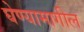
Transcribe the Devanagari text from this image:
घेण्यामागील